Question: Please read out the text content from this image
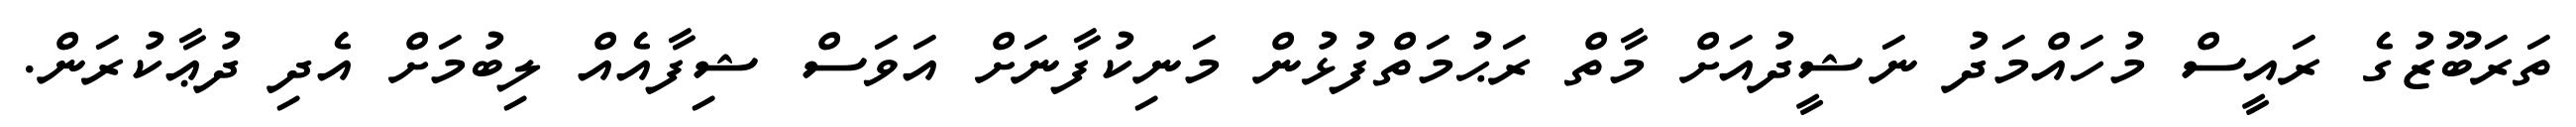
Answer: ތަރަބޫޒުގެ ރައީސް މުހައްމަދު ނަޝީދުއަށް މާތް ރަޙުމަތްފުޅުން މަނިކުފާނަށް އަވަސް ޝިފާއެއް ލިބުމަށް އެދި ދުޢާކުރަން.